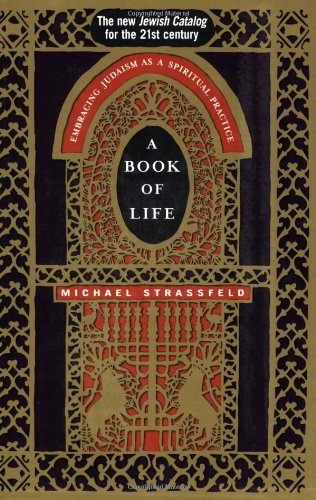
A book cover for A Book of Life: Embracing Judaism as a Spiritual Practice; Rabbi Michael Strassfeld; Religion & Spirituality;